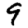
Digit: 9